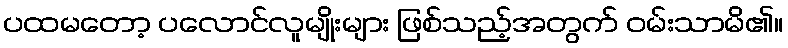
ပထမတော့ ပလောင်လူမျိုးများ ဖြစ်သည့်အတွက် ဝမ်းသာမိ၏။